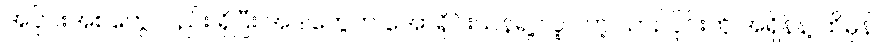
အပိုင်းအစတွေလည်း ရှိပြီး အဲဒါတွေက အော်ရိုင်းယန်ရဲ့ လူပါတဲ့ ယာဉ်ပိုင်းကို အရှိန်နဲ့ ထိမှန်